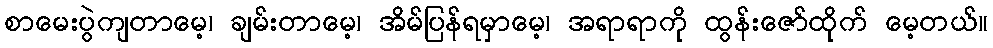
စာမေးပွဲကျတာမေ့၊ ချမ်းတာမေ့၊ အိမ်ပြန်ရမှာမေ့၊ အရာရာကို ထွန်းဇော်ထိုက် မေ့တယ်။